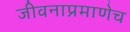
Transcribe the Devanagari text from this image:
जीवनाप्रमाणेच